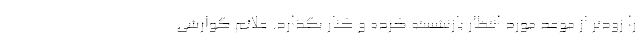
را زودتر از موعد مورد انتظار بازنشسته کرده و کنار بگذارد. علائم گوارشی